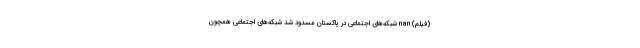
(فیلم) nan شبکه‌های اجتماعی در پاکستان مسدود شد شبکه‌های اجتماعی همچون